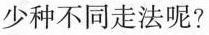
少种不同走法呢？